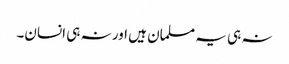
نہ ہی یہ مسلمان ہیں اور نہ ہی انسان۔